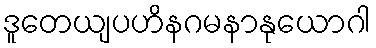
ဒူတေယျပဟိနဂမနာနုယောဂါ